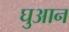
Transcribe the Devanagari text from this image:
घुआन